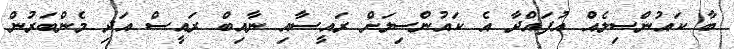
ބާ ކައުންސިލެއް އުފައްދާ އެ ކައުންސިލަށް ރައީސާއި ނާއިބް ރައީސް އަދި މެންބަރުން